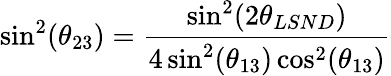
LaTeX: \sin^{2}(\theta_{23})={\frac{\sin^{2}(2\theta_{LSND})}{4\sin^{2}(\theta_{13})\cos^{2}(\theta_{13})}}